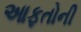
આફતોની